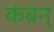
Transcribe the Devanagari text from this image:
कंबन्